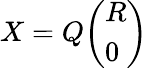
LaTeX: X=Q{\left(\begin{array}{l}{R}\\ {0}\end{array}\right)}